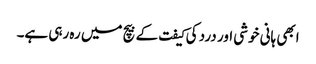
ابھی ہانی خوشی اور درد کی کیفت کے بیچ میں رہ رہی ہے۔